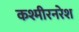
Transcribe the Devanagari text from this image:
कश्मीरनरेश